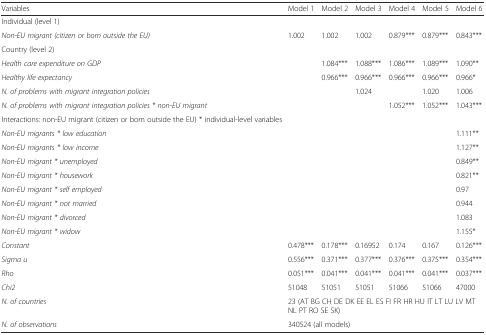
<table><thead><tr><td><b>Variables</b></td><td><b>Model 1</b></td><td><b>Model 2</b></td><td><b>Model 3</b></td><td><b>Model 4</b></td><td><b>Model 5</b></td><td><b>Model 6</b></td></tr></thead><tbody><tr><td>Individual (level 1)</td><td></td><td></td><td></td><td></td><td></td><td></td></tr><tr><td><i>Non-EU migrant (citizen or born outside the EU)</i></td><td>1.002</td><td>1.002</td><td>1.002</td><td>0.879***</td><td>0.879***</td><td>0.843***</td></tr><tr><td>Country (level 2)</td><td></td><td></td><td></td><td></td><td></td><td></td></tr><tr><td><i>Health care expenditure on GDP</i></td><td></td><td>1.084***</td><td>1.088***</td><td>1.086***</td><td>1.089***</td><td>1.090**</td></tr><tr><td><i>Healthy life expectancy</i></td><td></td><td>0.966***</td><td>0.966***</td><td>0.966***</td><td>0.966***</td><td>0.966*</td></tr><tr><td><i>N. of problems with migrant integration policies</i></td><td></td><td></td><td>1.024</td><td></td><td>1.020</td><td>1.006</td></tr><tr><td><i>N. of problems with migrant integration policies * non-EU migrant</i></td><td></td><td></td><td></td><td>1.052***</td><td>1.052***</td><td>1.043***</td></tr><tr><td>Interactions: non-EU migrant (citizen or born outside the EU) * individual-level variables</td><td rowspan="4" colspan="5"></td><td></td></tr><tr><td><i>Non-EU migrants * low education</i></td><td>1.111**</td></tr><tr><td><i>Non-EU migrants * low income</i></td><td>1.127**</td></tr><tr><td><i>Non-EU migrant * unemployed</i></td><td>0.849**</td></tr><tr><td><i>Non-EU migrant * housework</i></td><td></td><td></td><td></td><td></td><td></td><td>0.821**</td></tr><tr><td><i>Non-EU migrant * self employed</i></td><td></td><td rowspan="4" colspan="4"></td><td>0.97</td></tr><tr><td><i>Non-EU migrant * not married</i></td><td></td><td>0.944</td></tr><tr><td><i>Non-EU migrant * divorced</i></td><td></td><td>1.083</td></tr><tr><td><i>Non-EU migrant * widow</i></td><td></td><td>1.155*</td></tr><tr><td><i>Constant</i></td><td>0.478***</td><td>0.178***</td><td>0.16952</td><td>0.174</td><td>0.167</td><td>0.126***</td></tr><tr><td><i>Sigma u</i></td><td>0.556***</td><td>0.371***</td><td>0.377***</td><td>0.376***</td><td>0.375***</td><td>0.354***</td></tr><tr><td><i>Rho</i></td><td>0.051***</td><td>0.041***</td><td>0.041***</td><td>0.041***</td><td>0.041***</td><td>0.037***</td></tr><tr><td><i>Chi2</i></td><td>51048</td><td>51051</td><td>51051</td><td>51066</td><td>51066</td><td>47000</td></tr><tr><td><i>N. of countries</i></td><td colspan="6">23 (AT BG CH DE DK EE EL ES FI FR HR HU IT LT LU LV MT NL PT RO SE SK)</td></tr><tr><td><i>N. of observations</i></td><td colspan="6">340524 (all models)</td></tr></tbody></table>